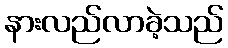
နားလည်လာခဲ့သည်